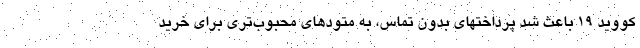
کووید ۱۹ باعث شد پرداختهای بدون تماس، به متودهای محبوب‌تری برای خرید